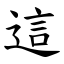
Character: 這